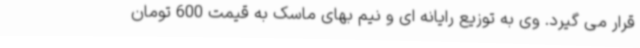
قرار می گیرد. وی به توزیع رایانه ای و نیم بهای ماسک به قیمت 600 تومان